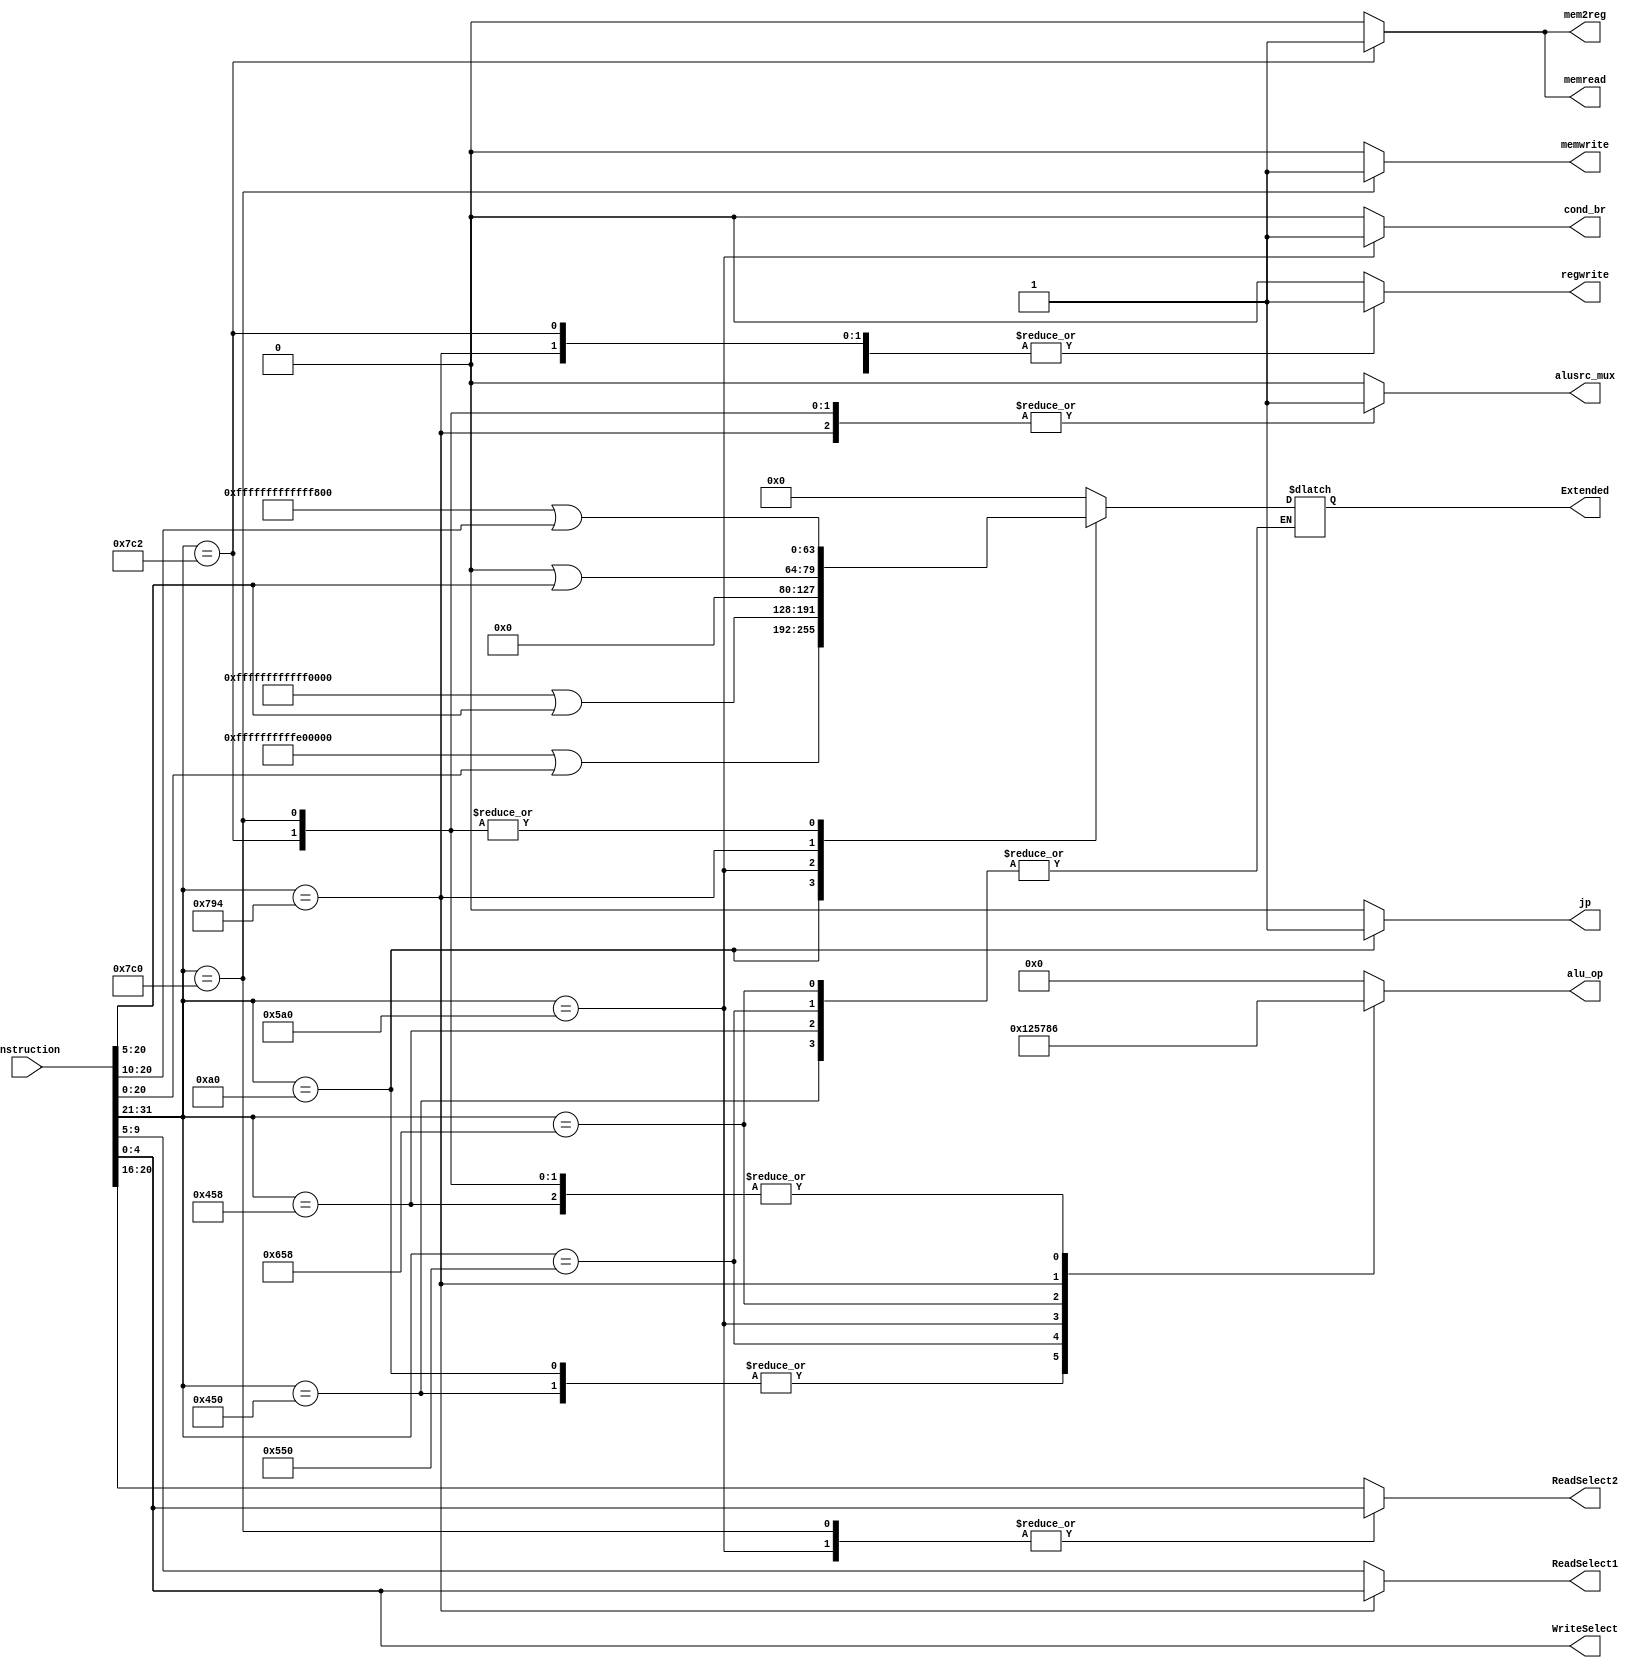
`timescale 1ns / 1ps
//////////////////////////////////////////////////////////////////////////////////
// Company: 
// Engineer: 
// 
// Design Name: 
// Module Name: Control
// Project Name: 
// Target Devices: 
// Tool Versions: 
// Description: 
// 
// Dependencies: 
// 
// Revision:
// Revision 0.01 - File Created
// Additional Comments:
// 
//////////////////////////////////////////////////////////////////////////////////


module Control(
    input [31:0] instruction, // instruction 
    //output reg reg2loc, mem2reg, regwrite, memread, memwrite, cond_br, jp, // control bits
    output reg regwrite, cond_br, jp, memwrite, memread, mem2reg,
    output reg [3:0] alu_op,
    //output reg [1:0] alusrc_mux,
    output reg alusrc_mux, 
    output reg [4:0] ReadSelect1, ReadSelect2, WriteSelect,
    output reg [63:0] Extended
);

    reg [63:0] z_extend, cbnz_extend, dt_extend, br_extend;
    
    always @(*)
    begin
        case(instruction[31:21])
            11'b00010100000: // BRANCH 
            begin
                //reg2loc = 0; // dont care 
                //alusrc_mux = 2'b00; // dont care 
                alusrc_mux= 1'b0;
                mem2reg = 0; // dont care 
                regwrite = 0;
                memread = 0;
                memwrite = 0;
                cond_br = 0;
                alu_op = 4'b0001; // random alu_opcode as ALU_not used for branch 
                jp = 1;
                
                br_extend = 64'hFFFFFFFFFFE00000; //64'b1111111111111111111111111111111111111111111000000000000000000000;
                br_extend = br_extend | instruction[20:0];
                Extended =  br_extend;
                
                ReadSelect2 = instruction[20:16];
                ReadSelect1 = instruction[9:5]; 
                WriteSelect = instruction[4:0]; 
            end
            11'b10001010000: // AND 
            begin
                //reg2loc = 0;
                //alusrc_mux = 2'b00;
                alusrc_mux= 1'b0;
                mem2reg = 0;
                regwrite = 1;
                memread = 0;
                memwrite = 0;
                cond_br = 0;
                alu_op = 4'b0001;
                jp = 0;
                
                ReadSelect2 = instruction[20:16];
                ReadSelect1 = instruction[9:5]; 
                WriteSelect = instruction[4:0]; 
            end
            11'b10001011000: // ADD 
            begin
                //reg2loc = 0;
                //alusrc_mux = 2'b00;
                alusrc_mux= 1'b0;
                mem2reg = 0;
                regwrite = 1;
                memread = 0;
                memwrite = 0;
                cond_br = 0;
                alu_op = 4'b0110;
                jp = 0;
                
                ReadSelect2 = instruction[20:16];
                ReadSelect1 = instruction[9:5]; 
                WriteSelect = instruction[4:0]; 
            end
            11'b10101010000: // ORR 
            begin
                //reg2loc = 0;
                //alusrc_mux = 2'b00;
                alusrc_mux= 1'b0;
                mem2reg = 0;
                regwrite = 1;
                memread = 0;
                memwrite = 0;
                cond_br = 0;
                alu_op = 4'b0010;
                jp = 0;
                
                ReadSelect2 = instruction[20:16];
                ReadSelect1 = instruction[9:5]; 
                WriteSelect = instruction[4:0]; 
            end
            11'b10110100000: // CBNZ 
            begin
                //reg2loc = 1;
                //alusrc_mux = 2'b00;
                alusrc_mux= 1'b0;
                mem2reg = 0; // dont care 
                regwrite = 0;
                memread = 0;
                memwrite = 0;
                cond_br = 1;
                alu_op = 4'b0101;
                jp = 0;
                
                cbnz_extend = 64'hFFFFFFFFFFFF0000; //64'b1111111111111111111111111111111111111111111111110000000000000000;
                cbnz_extend = cbnz_extend | instruction[20:5];
                Extended = cbnz_extend;
                
                ReadSelect2 = instruction[4:0];
                ReadSelect1 = instruction[9:5];
                WriteSelect = instruction[4:0];  
            end
            11'b11001011000: // SUB 
            begin
                //reg2loc = 0;
                //alusrc_mux = 2'b00;
                alusrc_mux= 1'b0;
                mem2reg = 0;
                regwrite = 1;
                memread = 0;
                memwrite = 0;
                cond_br = 0;
                alu_op = 4'b0111;
                jp = 0;
                
                ReadSelect2 = instruction[20:16];
                ReadSelect1 = instruction[9:5]; 
                WriteSelect = instruction[4:0]; 
            end
            11'b11110010100: // MOVK 
            begin
                //reg2loc = 0;
                //alusrc_mux = 2'b01;
                alusrc_mux= 1'b1;
                mem2reg = 0;
                regwrite = 1;
                memread = 0;
                memwrite = 0;
                cond_br = 0;
                alu_op = 4'b1000;
                jp = 0;
                
                z_extend = 64'h0000000000000000; //64'b0000000000000000000000000000000000000000000000000000000000000000;
                z_extend = z_extend | instruction[20:5];
                Extended = z_extend;
                
                ReadSelect2 = instruction[20:16];
                ReadSelect1 = instruction[4:0];
                WriteSelect = instruction[4:0];
            end
            11'b11111000000: // STUR 
            begin
                //reg2loc = 1;
                //alusrc_mux = 2'b10;
                alusrc_mux= 1'b1;
                mem2reg = 0; // dont care 
                regwrite = 0;
                memread = 0;
                memwrite = 1;
                cond_br = 0;
                alu_op = 4'b0110;
                jp = 0;
                
                dt_extend = 64'hFFFFFFFFFFFFF800; //64'b1111111111111111111111111111111111111111111111111111100000000000;
                dt_extend = dt_extend | instruction[20:10];
                Extended = dt_extend;
                
                ReadSelect2 = instruction[4:0];
                ReadSelect1 = instruction[9:5];
                WriteSelect = instruction[4:0];
            end
            11'b11111000010: // LDUR 
            begin
                //reg2loc = 0; // dont care
                //alusrc_mux = 2'b10;
                alusrc_mux= 1'b1;
                mem2reg = 1;
                regwrite = 1;
                memread = 1;
                memwrite = 0;
                cond_br = 0;
                alu_op = 4'b0110;
                jp = 0;
                
                dt_extend = 64'hFFFFFFFFFFFFF800; //64'b1111111111111111111111111111111111111111111111111111100000000000;
                dt_extend = dt_extend | instruction[20:10];
                Extended = dt_extend;
                
                ReadSelect2 = instruction[20:16];
                ReadSelect1 = instruction[9:5];
                WriteSelect = instruction[4:0];
                
            end
            default:
            begin
                //reg2loc = 0; // dont care
                //alusrc_mux = 2'b00;
                alusrc_mux= 1'b0;
                mem2reg = 0;
                regwrite = 0;
                memread = 0;
                memwrite = 0;
                cond_br = 0;
                alu_op = 4'b0000;
                jp = 0;
                
                Extended = 64'h0;                
                ReadSelect2 = instruction[20:16];
                ReadSelect1 = instruction[9:5];
                WriteSelect = instruction[4:0];
            end
        endcase
    end
endmodule